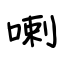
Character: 喇